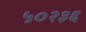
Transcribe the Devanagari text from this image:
५०२३६